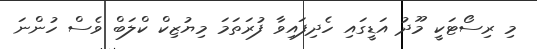
މި ރިސޯޓަކީ މޫދު އަޑީގައި ހެދިފައިވާ ފުރަތަމަ މިޔުޒިކް ކްލަބް ވެސް ހުންނަ